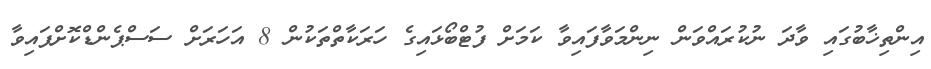
އިންތިޚާބުގައި ވާދަ ނުކުރައްވަން ނިންމަވާފައިވާ ކަމަށް ފުޓްބޯޅައިގެ ހަރަކާތްތަކުން 8 އަހަރަށް ސަސްޕެންޑްކޮށްފައިވާ